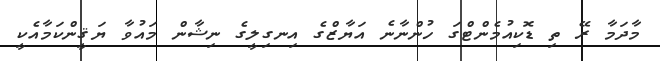
މާދަމާ ރޭ ތި ޑޮކިއުމެންޓްގަ ހުންނާނެ އަޔާޒްގެ އިނގިލީގެ ނިޝާން މައުވާ ޔަޤީންކަމާއެކީ